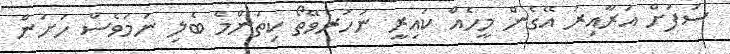
ސަފަށް އަރާއިރު އޭގެން މީހެއް ކައިރީ ނުހުރެވޭތޯ ކިތަންމެ ބެލި ނަމަވެސް ހަށަން